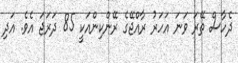
ދެހާސް ތޭރަ ވަނަ އަހަރު ރާއްޖޭގެ ރޭންކިންއަކީ 85 ދަރަޖަ އެވެ. އަދި